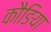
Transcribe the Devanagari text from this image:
कौङिया